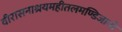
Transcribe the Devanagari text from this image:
वीरासनाश्रयमहीतलमण्डिजानो